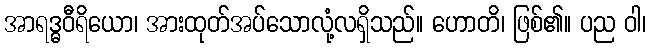
အာရဒ္ဓဝီရိယော၊ အားထုတ်အပ်သောလုံ့လရှိသည်။ ဟောတိ၊ ဖြစ်၏။ ပည ဝါ၊